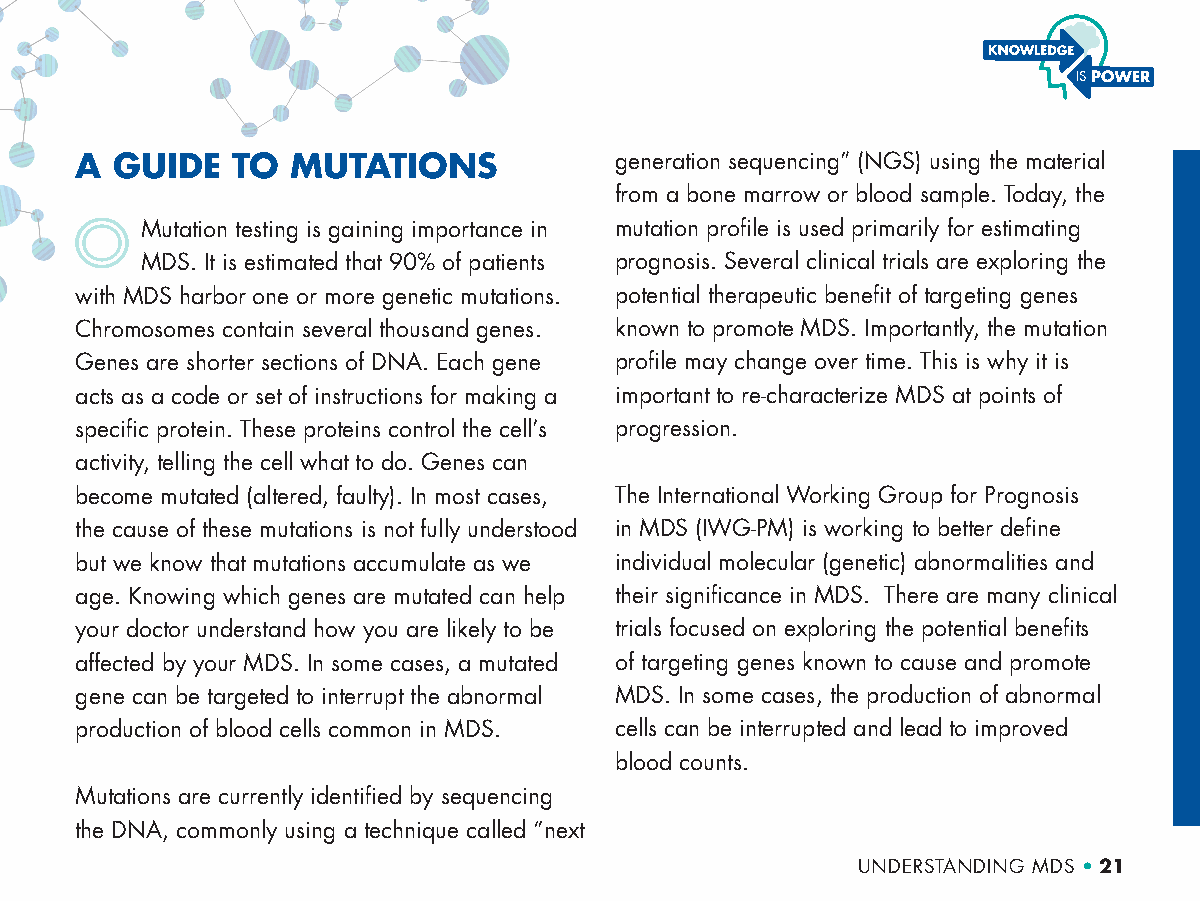
A GUIDE   TO  MUTATIONS             generation sequencing” (NGS) using the material
 from a bone marrow or blood sample. Today, the
 Mutation testing is gaining importance in mutation profile is used primarily for estimating
 MDS. It is estimated that 90% of patients prognosis. Several clinical trials are exploring the
 with MDS harbor one or more genetic mutations. potential therapeutic benefit of targeting genes
 Chromosomes contain several thousand genes. known to promote MDS. Importantly, the mutation
 Genes are shorter sections of DNA. Each gene profile may change over time. This is why it is
 acts as a code or set of instructions for making a important to re-characterize MDS at points of
 specific protein. These proteins control the cell’s progression.
 activity, telling the cell what to do. Genes can
 become mutated (altered, faulty). In most cases, The International Working Group for Prognosis
 the cause of these mutations is not fully understood in MDS (IWG-PM) is working to better define
 but we know that mutations accumulate as we individual molecular (genetic) abnormalities and
 age. Knowing which genes are mutated can help their significance in MDS. There are many clinical
 your doctor understand how you are likely to be trials focused on exploring the potential benefits
 affected by your MDS. In some cases, a mutated of targeting genes known to cause and promote
 gene can be targeted to interrupt the abnormal MDS. In some cases, the production of abnormal
 production of blood cells common in MDS. cells can be interrupted and lead to improved
 blood counts.
 Mutations are currently identified by sequencing
 the DNA, commonly using a technique called “next
 UNDERSTANDING MDS • 21